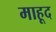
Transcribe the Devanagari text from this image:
माहूद